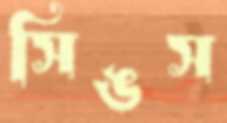
সিঙস